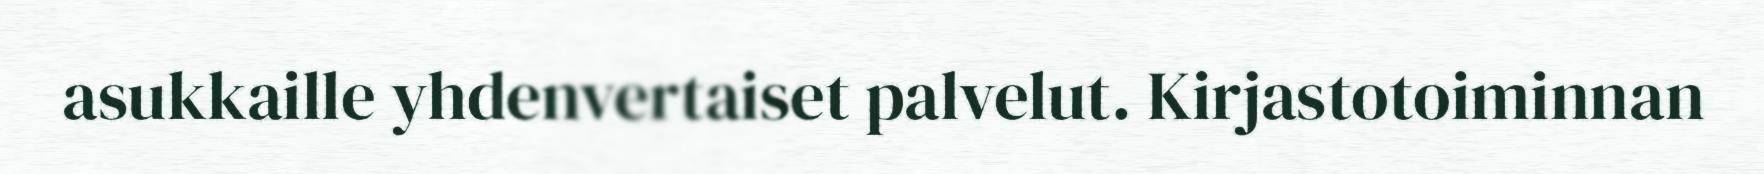
asukkaille yhdenvertaiset palvelut. Kirjastotoiminnan